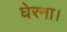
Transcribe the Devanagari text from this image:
घेरना।